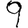
Digit: 9